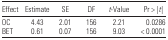
<table><thead><tr><td><b>Effect</b></td><td><b>Estimate</b></td><td><b>SE</b></td><td><b>DF</b></td><td><b><i>t</i>-Value</b></td><td><b>Pr &gt; |<i>t</i>|</b></td></tr></thead><tbody><tr><td>OC</td><td>4.43</td><td>2.01</td><td>156</td><td>2.21</td><td>0.0286</td></tr><tr><td>BET</td><td>0.61</td><td>0.07</td><td>156</td><td>9.03</td><td>&lt; 0.0001</td></tr></tbody></table>